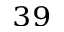
^ { 3 9 }